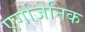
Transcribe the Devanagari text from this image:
एर्गोजेनिक